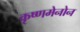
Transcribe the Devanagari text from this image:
कृष्णमेनोन